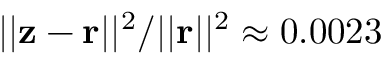
| | { \bf z } - { \bf r } | | ^ { 2 } / | | { \bf r } | | ^ { 2 } \approx 0 . 0 0 2 3